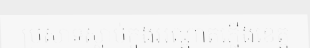
ប្រសាទស្លាប់ក្នុងអណ្តាតភ្លើងខេត្ត